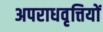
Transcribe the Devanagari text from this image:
अपराधवृत्तियों